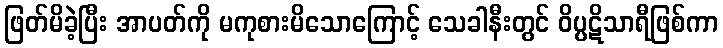
ဖြတ်မိခဲ့ပြီး အာပတ်ကို မကုစားမိသောကြောင့် သေခါနီးတွင် ဝိပ္ပဋိသာရီဖြစ်ကာ